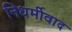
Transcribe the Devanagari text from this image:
निधर्मीवाद